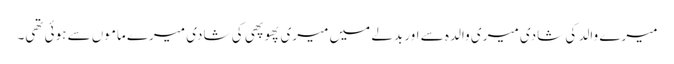
میرے والد کی شادی میری والدہ سے اور بدلے میں میری پھوپھی کی شادی میرے ماموں سے ہوئی تھی۔